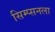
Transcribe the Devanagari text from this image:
सिम्प्सनला